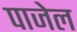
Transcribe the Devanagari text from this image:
पाजेल